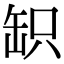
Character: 䍉